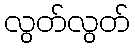
လွတ်လွတ်